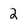
Character: 2